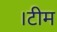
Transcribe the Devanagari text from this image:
।टीम